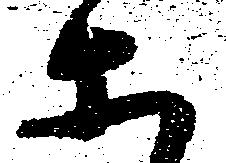
等